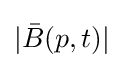
|{\bar {B}}(p,t)|